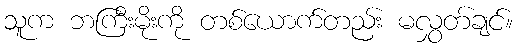
သူက ဘကြီးမိုးကို တစ်ယောက်တည်း မလွှတ်ချင်။